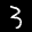
Label: 3